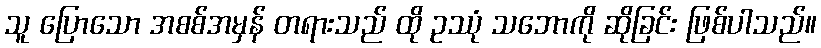
သူ ပြောသော အစစ်အမှန် တရားသည် ထို ဥဿုံ သဘောကို ဆိုခြင်း ဖြစ်ပါသည်။